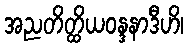
အညတိတ္ထိယဝန္ဒနာဒီဟိ၊